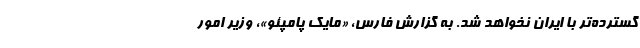
گسترده‌تر با ایران نخواهد شد. به گزارش فارس، «مایک پامپئو»، وزیر امور